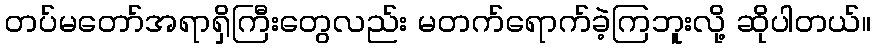
တပ်မတော်အရာရှိကြီးတွေလည်း မတက်ရောက်ခဲ့ကြဘူးလို့ ဆိုပါတယ်။